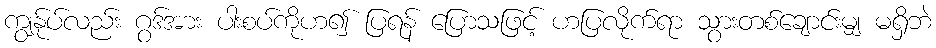
ကျွန်ုပ်လည်း ဂွဒ်အား ပါးစပ်ကိုဟ၍ ပြရန် ပြောသဖြင့် ဟပြလိုက်ရာ သွားတစ်ချောင်းမျှ မရှိဘဲ